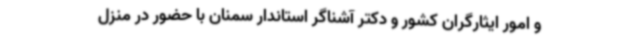
و امور ایثارگران کشور و دکتر آشناگر استاندار سمنان با حضور در منزل